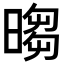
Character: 𣉵